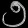
Digit: ၅